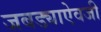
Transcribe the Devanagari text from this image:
जबड्याऐवजी